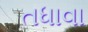
તધાવા